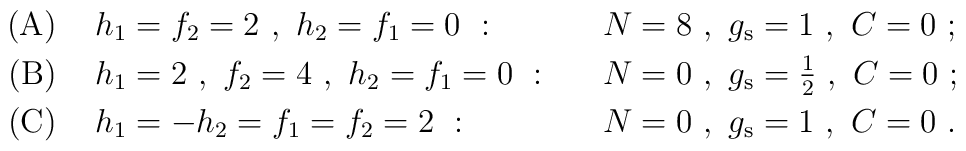
\begin{array}{rll}\mbox{(A)}\ & h_1 = f_2 = 2\ ,\ h_2 = f_1 = 0\ :\quad&N = 8\ ,\ g_{\rm s} =1\ ,\ C=0\ ;\nonumber\\[3pt]\mbox{(B)}\ &h_1 = 2\ ,\ f_2 = 4\ ,\ h_2 = f_1 = 0\ :\quad&N = 0\ ,\ g_{\rm s} =\mbox{$\frac{1}{2}$}\ ,\ C=0\ ;\nonumber\\[3pt]\mbox{(C)}\ &h_1 = -h_2 = f_1 = f_2 = 2\ :\quad&N = 0\ ,\ g_{\rm s} =1\ ,\ C=0\ .\end{array}